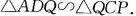
$$△ A D Q ∽ Q C P △$$.